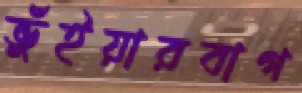
ভুঁইয়ারবাগ